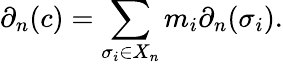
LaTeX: \partial_{n}(c)=\sum_{\sigma_{i}\in X_{n}}m_{i}\partial_{n}(\sigma_{i}).